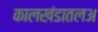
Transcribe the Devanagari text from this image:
कालखंडातलअ